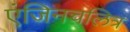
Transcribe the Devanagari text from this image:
एंजिनचलित्र